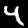
Digit: 4